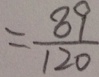
= \frac { 8 9 } { 1 2 0 }